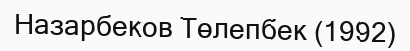
Назарбеков Төлепбек (1992)